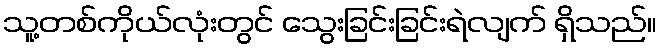
သူ့တစ်ကိုယ်လုံးတွင် သွေးခြင်းခြင်းရဲလျက် ရှိသည်။